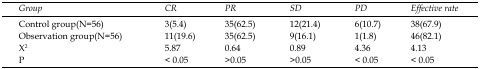
<table><thead><tr><td><b><i>Group</i></b></td><td><b><i>CR</i></b></td><td><b><i>PR</i></b></td><td><b><i>SD</i></b></td><td><b><i>PD</i></b></td><td><b><i>Effective rate</i></b></td></tr></thead><tbody><tr><td>Control group(N=56)</td><td>3(5.4)</td><td>35(62.5)</td><td>12(21.4)</td><td>6(10.7)</td><td>38(67.9)</td></tr><tr><td>Observation group(N=56)</td><td>11(19.6)</td><td>35(62.5)</td><td>9(16.1)</td><td>1(1.8)</td><td>46(82.1)</td></tr><tr><td>X<sup>2</sup></td><td>5.87</td><td>0.64</td><td>0.89</td><td>4.36</td><td>4.13</td></tr><tr><td>P</td><td>&lt; 0.05</td><td>&gt;0.05</td><td>&gt;0.05</td><td>&lt; 0.05</td><td>&lt; 0.05</td></tr></tbody></table>